Annual report on the lock hospitals of the Madras Presidency
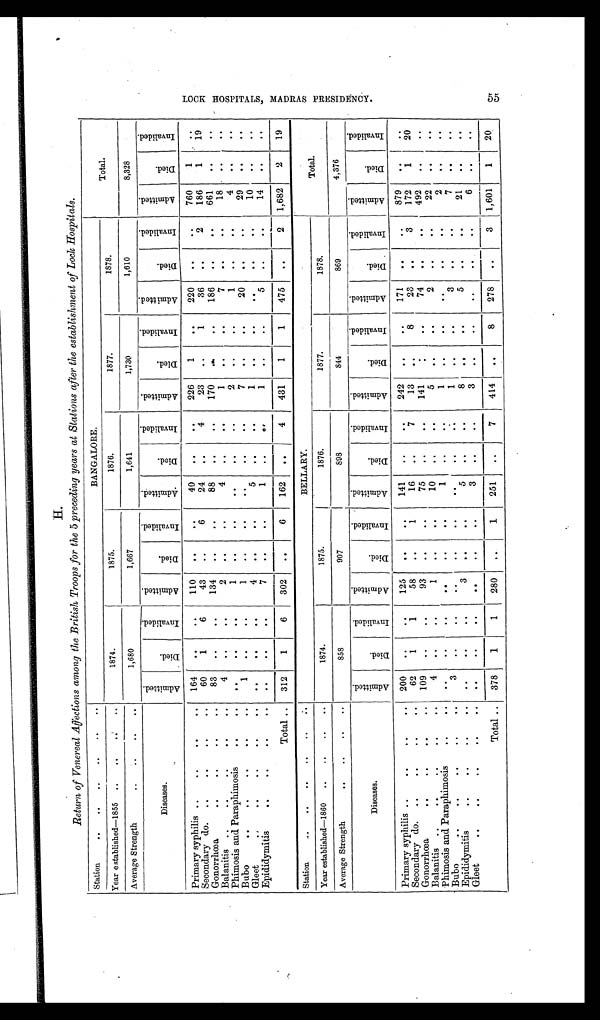
H.
Return of Venereal Affections among the British Troops for the 5 preceding years at Stations after the establishment of Lock Hospitals.
Station
..
..
..
..
..
..
BANGALORE.
Total.
Year established—1855 . .
..
..
1874.
1875.
1876.
1877.
1878.
Average Strength
. .
..
..
. .
1,680
1,667
1,641
1,730
1,610
8,328
Diseases.
A d m i t t e d .
D i e d .
I n v a l i d e d .
A d m i t t e d .
D i e d .
I n v a l i d e d .
A d m i t t e d .
D i e d .
I n v a l i d e d .
A d m i t t e d .
D i e d .
I n v a l i d e d .
A d m i t t e d .
D i e d .
I n v a l i d e d .
A d m i t t e d .
D i e d .
I n v a l i d e d .
Primary syphilis ..
..
..
..
164
..
. .
110
..
. .
40
. .
..
226
1
. .
220
. .
. .
760
1
. .
Secondary do.
..
..
..
60
1
6
43
..
6
24
. .
4
23
..
1
36
. .
2
186
1
19
Gonorrhœa
..
..
..
..
83
..
. .
134
. .
..
88
. .
..
170
..
. .
186
..
..
661
. .
..
Balanitis ..
..
..
. .
4
..
..
2
. .
. .
4
..
. .
1
. .
..
7
..
..
18
..
..
Phimosis and Paraphimosis
..
..
..
. .
. .
1
. .
. .
. .
..
..
2
. .
..
1
. .
. .
4
. .
..
B ubo
. . ..
..
..
..
1
..
..
1
..
. .
. .
..
. .
7
. .
. .
20
. .
. .
29
..
. .
Gleet
.. ••
••
..
••
•.
. .
. .
4
. .
. .
5
. .
. .
1
. .
..
. .
..
. .
10
. .
..
Epididymitis
..
..
..
..
..
..
..
7
. .
..
1
. .
. .
1
..
5
..
..
14
..
. .
Total ..
312
1
6
302
..
6
162
. .
4
431
1
1
475
. .
2
1,682
2
19
Station
..
.. ..
..
..
..
BELLARY.
Total.
Year established—1860
..
..
.. ..
1874.
1875.
1876.
1877.
1878.
Average Strength
. .
..
..
. .
858
907
898
844
869
4,376
Diseases.
A d m i t t e d .
D i e d .
I n v a l i d e d .
A d m i t t e d .
D i e d .
I n v a l i d e d .
A d m i t t e d .
D i e d .
I n v a l i d e d .
A d m i t t e d .
D i e d .
I n v a l i d e d .
A d m i t t e d .
D i e d .
I n v a l i d e d .
A d m i t t e d .
D i e d .
I n v a l i d e d .
Primary syphilis ..
..
..
..
200
..
..
125
. .
. .
141
. .
..
242
. .
..
171
. .
. .
879
..
. .
Secondary do.
..
..
..
..
62
1
1
58
. .
1
16
. . 7
13
. .
8
23
. .
3
172
1
20
Gonorrhœa
..
..
..
..
109
..
..
93
. .
. .
75
. .
. .
141
. .
..
74
. .
. .
492
..
. .
Balanitis ..
..
..
..
..
4
. .
. .
1
. .
. .
10
. .
. .
5
. .
..
2
..
. .
22
..
..
Phimosis and Paraphimosis .. . .
..
. .
..
. .
. .
. .
1
. .
. .
1
. .
. .
. .
..
. .
2
..
..
Bubo
..
..
..
..
..
3
..
..
..
..
. .
..
. .
..
1
..
..
3
..
..
7
. .
. .
Epididymitis
..
..
..
. .
. .
..
..
3
. .
..
5
. .
. .
8
..
..
5
..
. .
21
. .
. .
Gleet
..
..
..
. .
..
..
. .
. .
. .
. .
3
. .
. .
3
. .
..
. .
..
..
6
. .
. .
Total ..
378
1
1
280
. .
1
251
. .
7
414
. .
8
278
..
3
1,601
1
20
L O C K H O S P I T A L S , M A D R A S P R E S I D E N C Y .
5 5